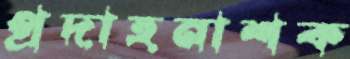
প্রদাহনাশক